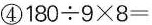
④ $$1 8 0 \div 9 \times 8 =$$